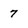
Character: 7